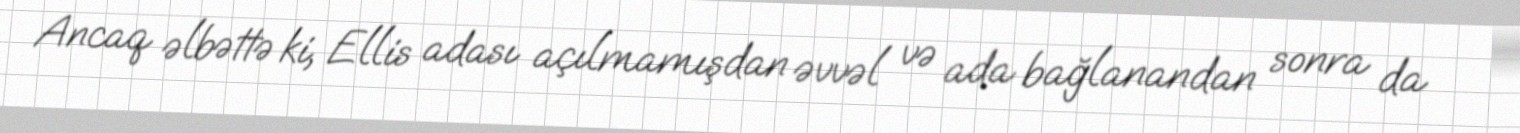
Ancaq əlbəttə ki, Ellis adası açılmamışdan əvvəl və ada bağlanandan sonra da